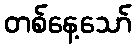
တစ်နေ့သော်